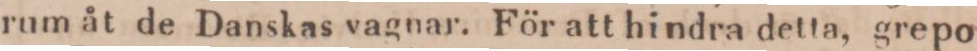
rum åt de Danskas vagnar. För att hindra detta, grepo